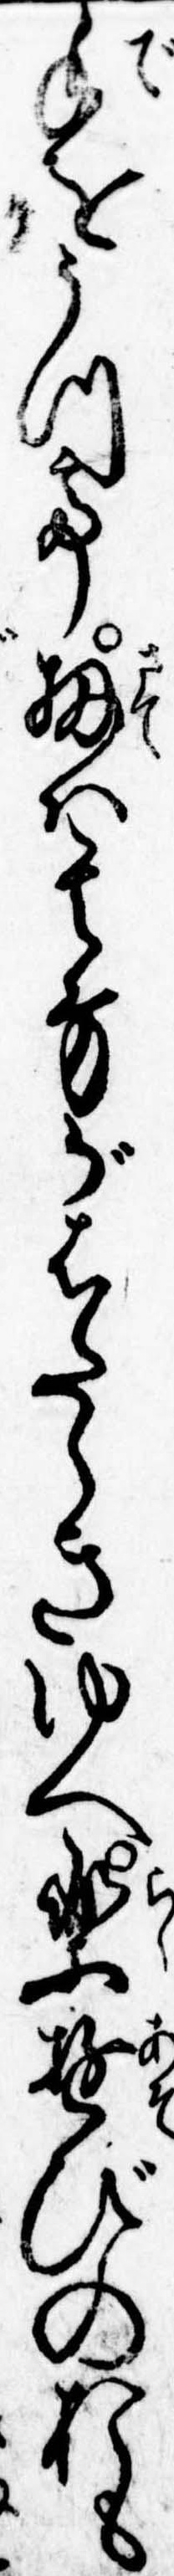
手をうつて扨は其方がはたらきゆへ楽遊びのおも